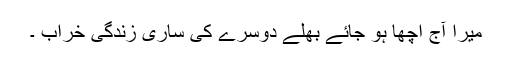
میرا آج اچھا ہو جائے بھلے دوسرے کی ساری زندگی خراب ۔